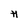
Character: H